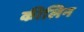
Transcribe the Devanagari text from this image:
कीलिन